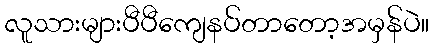
လူသားများပီပီကျေနပ်တာတော့အမှန်ပဲ။